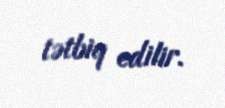
tətbiq edilir.